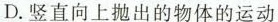
D.竖直向上抛出的物体的运动